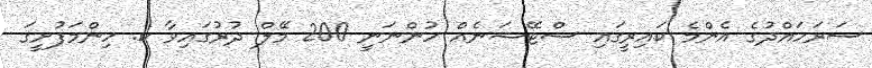
ސަރަހައްދުގެ އެންމެ ކައިރީގައި ސްޓޭޝަނެއް ހުންނަނީ 200 މޭލް ދުރުގައިވާ ކ. ހިންމަފުށީގަ